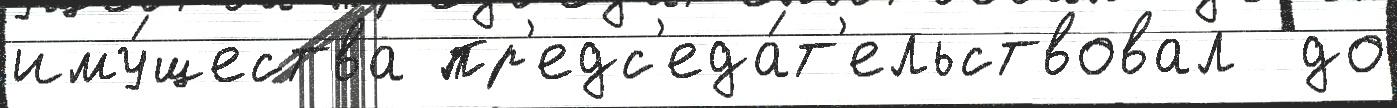
иму́щества пр'едс'еда́т'ельствовал  до